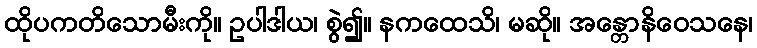
ထိုပကတိသောမီးကို။ ဥပါဒါယ၊ စွဲ၍။ နကထေသိ၊ မဆို။ အန္တောနိဝေသနေ၊